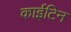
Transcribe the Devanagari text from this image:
काईटिन